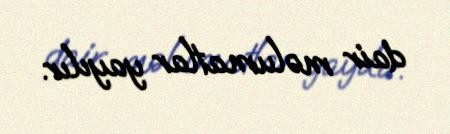
dair məlumatlar yayılır.